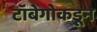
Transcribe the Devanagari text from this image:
टॉबेगोकडून